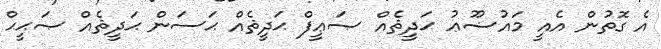
އެ ގޮތުން އެއީ މައުޟޫޢު ޙަދީޘެއް ޞަޢީފް ޙަދީޘެއް ޙަސަން ޙަދީޘެއް ޞަޙީޙް